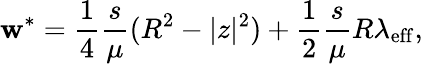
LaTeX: \mathbf{w}^{*}=\frac{{1}}{{4}}\frac{{s}}{{\mu}}(R^{2}-|z|^{2})+\frac{{1}}{{2}}\frac{{s}}{{\mu}}R\lambda_{\mathrm{{eff}}},